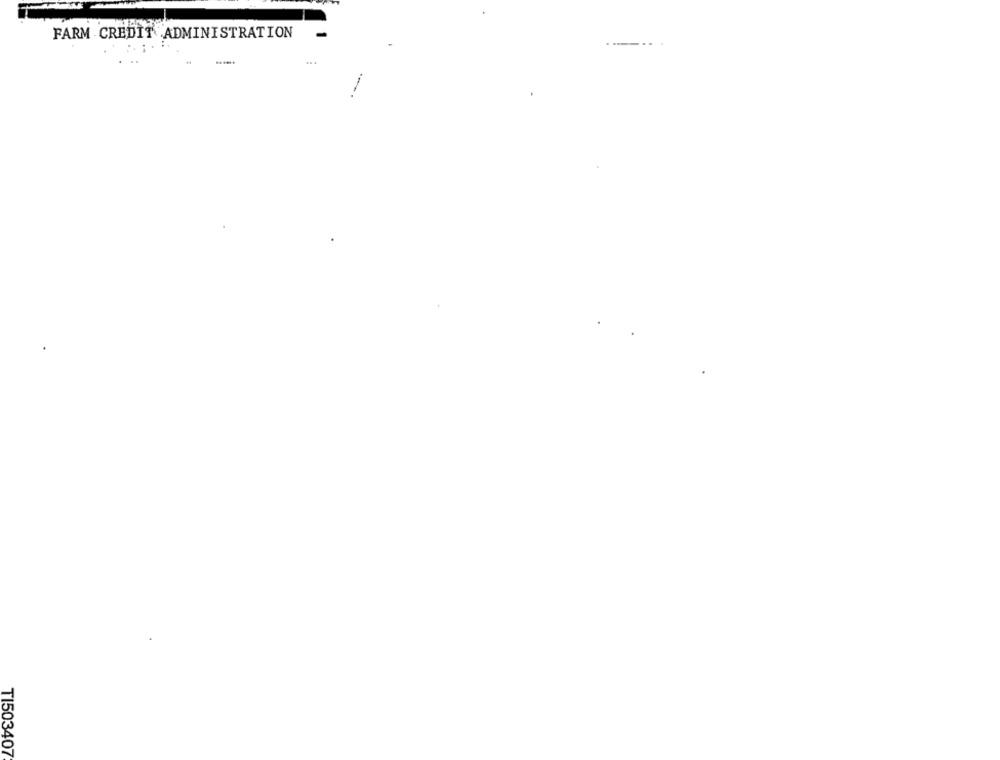
FARM CREDIT ADMINISTRATION
-
TI503407